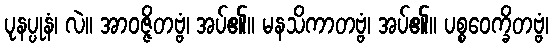
ပုနပ္ပုနံ၊ လဲ။ အာဝဇ္ဇိတဗ္ဗံ၊ အပ်၏။ မနသိကာတဗ္ဗံ၊ အပ်၏။ ပစ္စဝေက္ခိတဗ္ဗံ၊